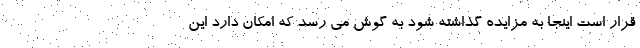
قرار است اینجا به مزایده گذاشته شود به گوش می رسد که امکان دارد این